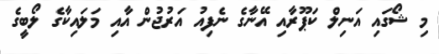
މި ޝޯގައި އަނިލް ކަޕޫރާއި އޭނާގެ ނެފިއު އަރުޖުން އާއި މަލައިކާގެ ލޯބީގެ